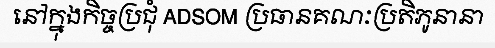
នៅក្នុងកិច្ចប្រជុំ ADSOM ប្រធានគណៈប្រតិភូនានា